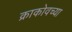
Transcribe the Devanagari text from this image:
क्राकोवच्या